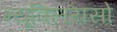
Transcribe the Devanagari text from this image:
न्यूक्लियसो